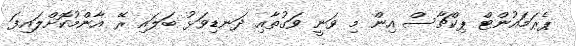
ޕެރަމައުންޓް ޕިކްޗާސް އިން މި ވަނީ ވަގުތާއި ދަނޑިވަޅު ބަލައި ރޭ އާންމުކޮށްލައިފަ